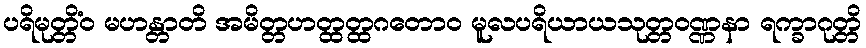
ပရိမုတ္တိံဝ မဟန္တာတိ အမိတ္တဟတ္ထတ္ထဂတောဝ မူလပရိယာယသုတ္တဝဏ္ဏနာ ရက္ခာဂုတ္တိ